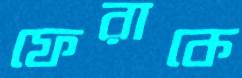
ফেরাকে